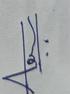
Signature authenticity: genuine